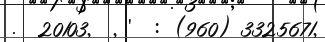
.  20103